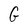
Character: G